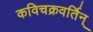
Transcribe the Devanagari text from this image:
कविचक्रवर्तिन्